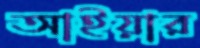
আইয়ার